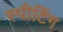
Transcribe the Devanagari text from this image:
स्पीटिंग